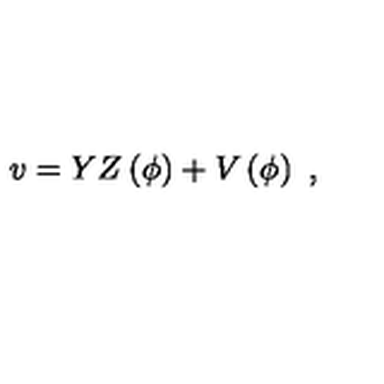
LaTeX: v = Y Z \left( \phi \right) + V \left( \phi \right) \ ,